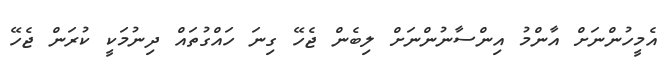
އެމީހުންނަށް އާންމު އިންސާނުންނަށް ލިބެން ޖެހޭ ގިނަ ހައްގުތައް ދިނުމަކީ ކުރަން ޖެހޭ